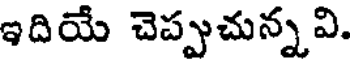
ఇదియే చెప్పుచున్నవి.